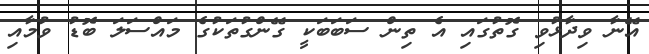
އޭނާ ވިދާޅުވި ގޮތުގައި އެ ތިން ސަބަބަކީ ގޭންގުތަކުގެ މައްސަލަ ބޮޑު ވުމާއި